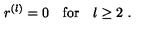
r ^ { ( l ) } = 0 \quad \mathrm { f o r } \quad l \geq 2 \ .